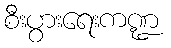
စီးပွားရေးကဏ္ဍ